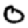
Digit: 0